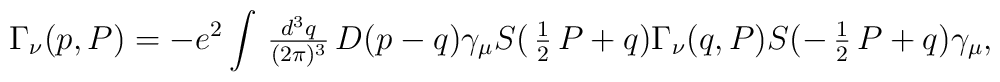
\Gamma_{\nu}(p,P) = -e^2 \int \mbox{$ \, \frac{d^3q}{(2\pi)^3} \,$} D(p-q) \gamma_\mu S(\mbox{$ \, \frac{1}{2} \,$} P+q)       \Gamma_{\nu}(q,P)S(-\mbox{$ \, \frac{1}{2} \,$} P+q)        \gamma_\mu,